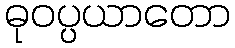
ဓုဝပ္ပယာတော